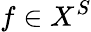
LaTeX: f\in X^{S}